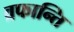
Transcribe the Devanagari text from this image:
व्रफान्ति